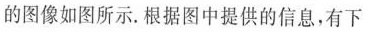
的图像如图所示.根据图中提供的信息，有下